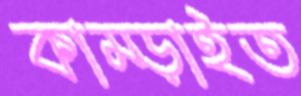
কাম্‌ড়াইত